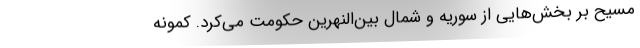
مسیح بر بخش‌هایی از سوریه و شمال بین‌النهرین حکومت می‌کرد. کمونه